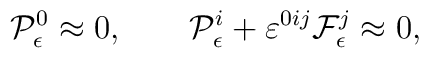
{\cal P}^0_\epsilon \approx 0, \qquad{\cal P}^i_\epsilon + \varepsilon^{0ij} {\cal F}^j_\epsilon \approx 0,